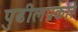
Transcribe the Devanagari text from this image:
पुढीलप्रकारे